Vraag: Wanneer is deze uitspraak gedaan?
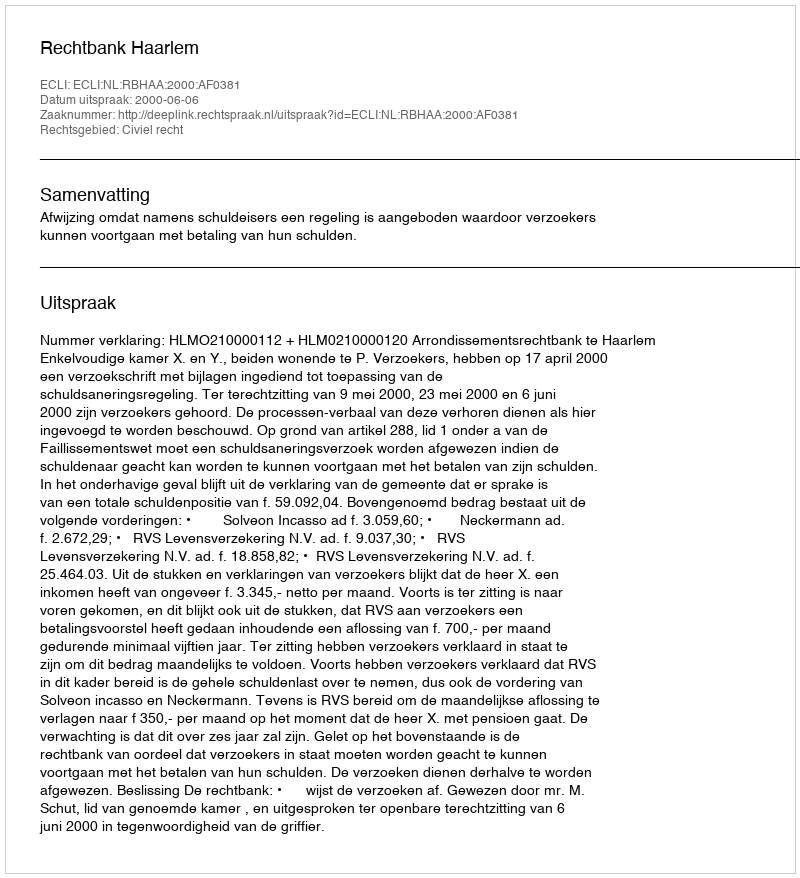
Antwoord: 2000-06-06